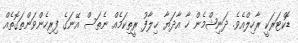
ޑޮކްޓަރަކީ ރާހިލްއެވެ. ދަނިޝްމެން ހާ އާދަޔާ ޚިލާފު ރީތިކަމެއް ނެތަސް އޭނަގެ ފިރިހެންވަންތަގޮތެއް